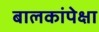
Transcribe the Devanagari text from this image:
बालकांपेक्षा